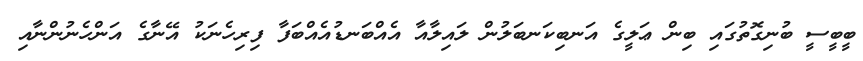
ބީބީސީ ބުނިގޮތުގައި ބިން ޢަލީގެ އަނބިކަނބަލުން ލައިލާއާ އެއްބަނޑުއެއްބަފާ ފިރިހެނަކު އޭނާގެ އަންހެނުންނާއި